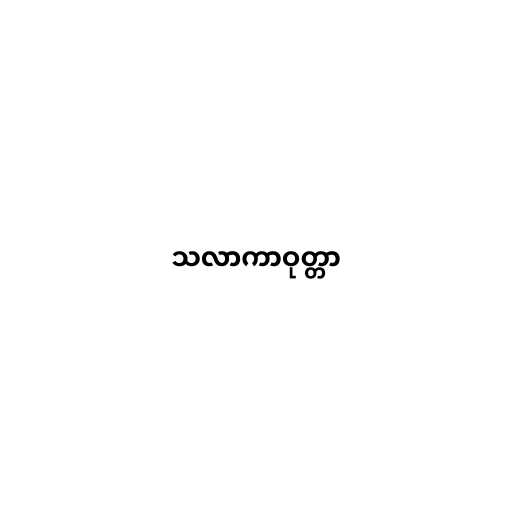
သလာကာဝုတ္တာ